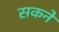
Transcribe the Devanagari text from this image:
सकनें